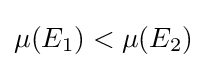
\mu (E_{1})<\mu (E_{2})